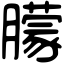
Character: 朦